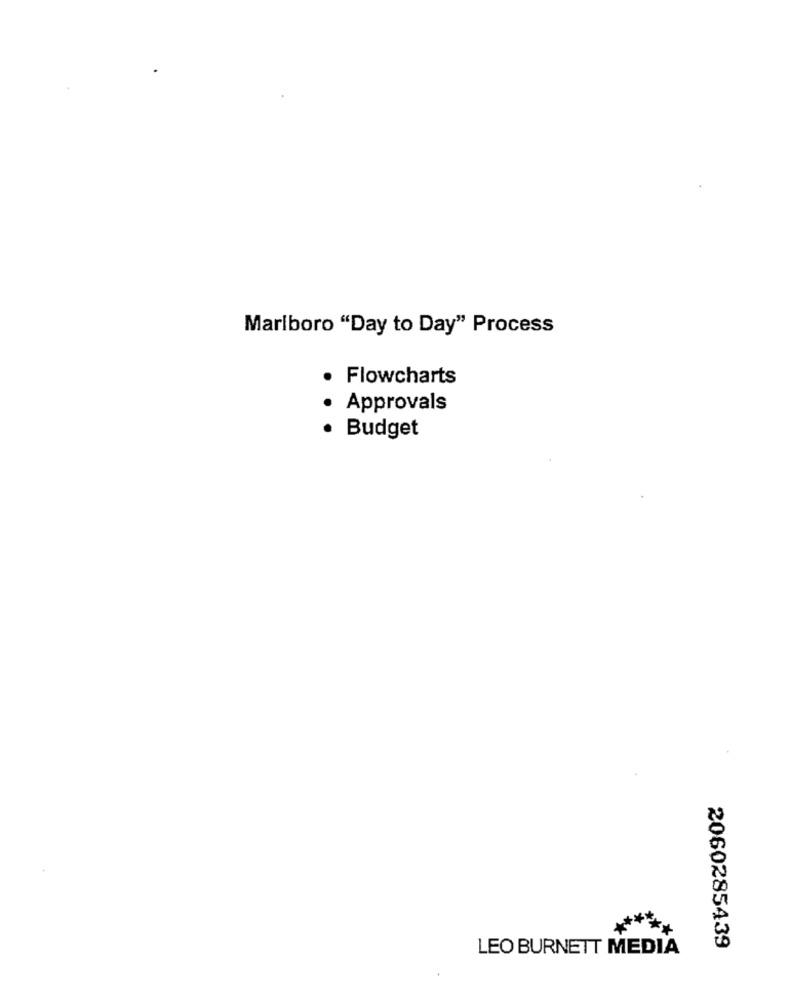
Marlboro "Day to Day" Process
Flowcharts
· Approvals
· Budget
LEO BURNETT MEDIA
2060285439